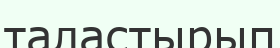
таластырып